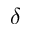
\delta